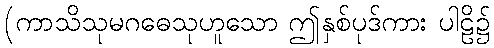
(ကာသိသုမဂဓေသုဟူသော ဤနှစ်ပုဒ်ကား ပါဠိ၌